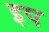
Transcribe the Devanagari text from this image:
इप